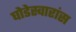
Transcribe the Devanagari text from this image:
घोडेस्वारांस